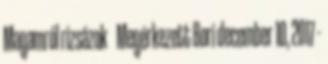
Magamról rizsázok Megérkezett Bori december 10, 2017 -